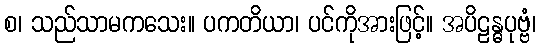
စ၊ သည်သာမကသေး။ ပကတိယာ၊ ပင်ကိုအားဖြင့်။ အပိဠန္ဓပုဗ္ဗံ၊